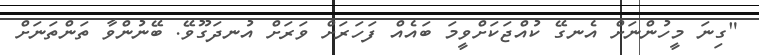
"ގިނަ މީހުންނަށް އެނގޭ ކުއްޖަކަށްވީމަ ބައެއް ފަހަރަށް ވަރަށް އުނދަގޫވޭ. ބޭނުންވާ ތަންތަނަށް